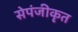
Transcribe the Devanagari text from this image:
सेपंजीकृत